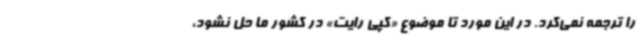
را ترجمه نمی‌کرد. در این مورد تا موضوع «کپی رایت» در کشور ما حل نشود،